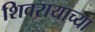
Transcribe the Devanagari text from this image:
शिवरायाच्या